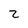
Character: 2